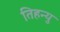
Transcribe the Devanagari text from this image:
तिहन्यु